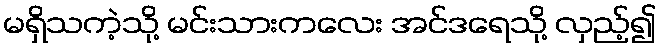
မရှိသကဲ့သို့ မင်းသားကလေး အင်ဒရေသို့ လှည့်၍